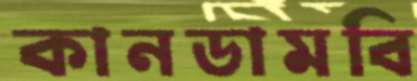
কানডামবি